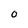
Character: 0